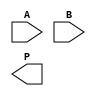
module WallaceTreeMultiplier #(parameter n = 4) (
    input [n-1:0] A,
    input [n-1:0] B,
    output reg [2*n-1:0] P
);

    // Partial products
    wire [n-1:0] pp [0:n-1]; // Partial products array

    // Generate partial products
    genvar i, j;
    generate
        for (i = 0; i < n; i = i + 1) begin : pp_gen
            assign pp[i] = A & {n{B[i]}};
        end
    endgenerate

    // Intermediate wires for Wallace tree reduction
    wire [n-1:0] sum [0:n-1];
    wire [n-1:0] carry [0:n-1];

    // Stage 1: Combine partial products using half and full adders
    generate
        for (i = 0; i < n-1; i = i + 1) begin : stage1
            if (i == 0) begin
                // First row of partial products
                assign sum[i] = pp[i][0] ^ pp[i+1][0];
                assign carry[i] = pp[i][0] & pp[i+1][0];
            end else begin
                assign sum[i] = pp[i][0] ^ pp[i+1][0] ^ carry[i-1];
                assign carry[i] = (pp[i][0] & pp[i+1][0]) | (carry[i-1] & (pp[i][0] ^ pp[i+1][0]));
            end
        end
    endgenerate

    // Stage 2: Continue combining the results
    generate
        for (i = 0; i < n-1; i = i + 1) begin : stage2
            if (i == 0) begin
                assign sum[n+i] = sum[i][1] ^ pp[i+1][1];
                assign carry[n+i] = sum[i][1] & pp[i+1][1];
            end else begin
                assign sum[n+i] = sum[n+i-1][1] ^ pp[i+1][1] ^ carry[n+i-1];
                assign carry[n+i] = (sum[n+i-1][1] & pp[i+1][1]) | (carry[n+i-1] & (sum[n+i-1][1] ^ pp[i+1][1]));
            end
        end
    endgenerate

    // Final addition of the last two rows
    wire [2*n-1:0] final_sum;
    wire [2*n-1:0] final_carry;

    assign final_sum = {1'b0, sum[2*n-2]} + {1'b0, sum[2*n-1]} + {1'b0, carry[2*n-2]};

    // Assign the final product
    always @(*) begin
        P = final_sum;
    end

endmodule